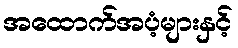
အထောက်အပံ့များနှင့်